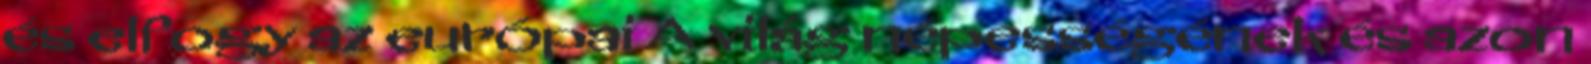
és elfogy az európai A világ népességének és azon